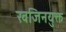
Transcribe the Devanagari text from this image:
खजिनयुक्त